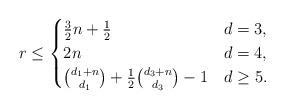
LaTeX: \begin{align*} r \le \begin{cases} \tfrac{3}{2}n + \tfrac{1}{2} & d = 3,\\ 2n & d = 4,\\ \binom{d_1 + n}{d_1} + \frac{1}{2}\binom{d_3+n}{d_3} - 1 & d \ge 5. \end{cases}\end{align*}